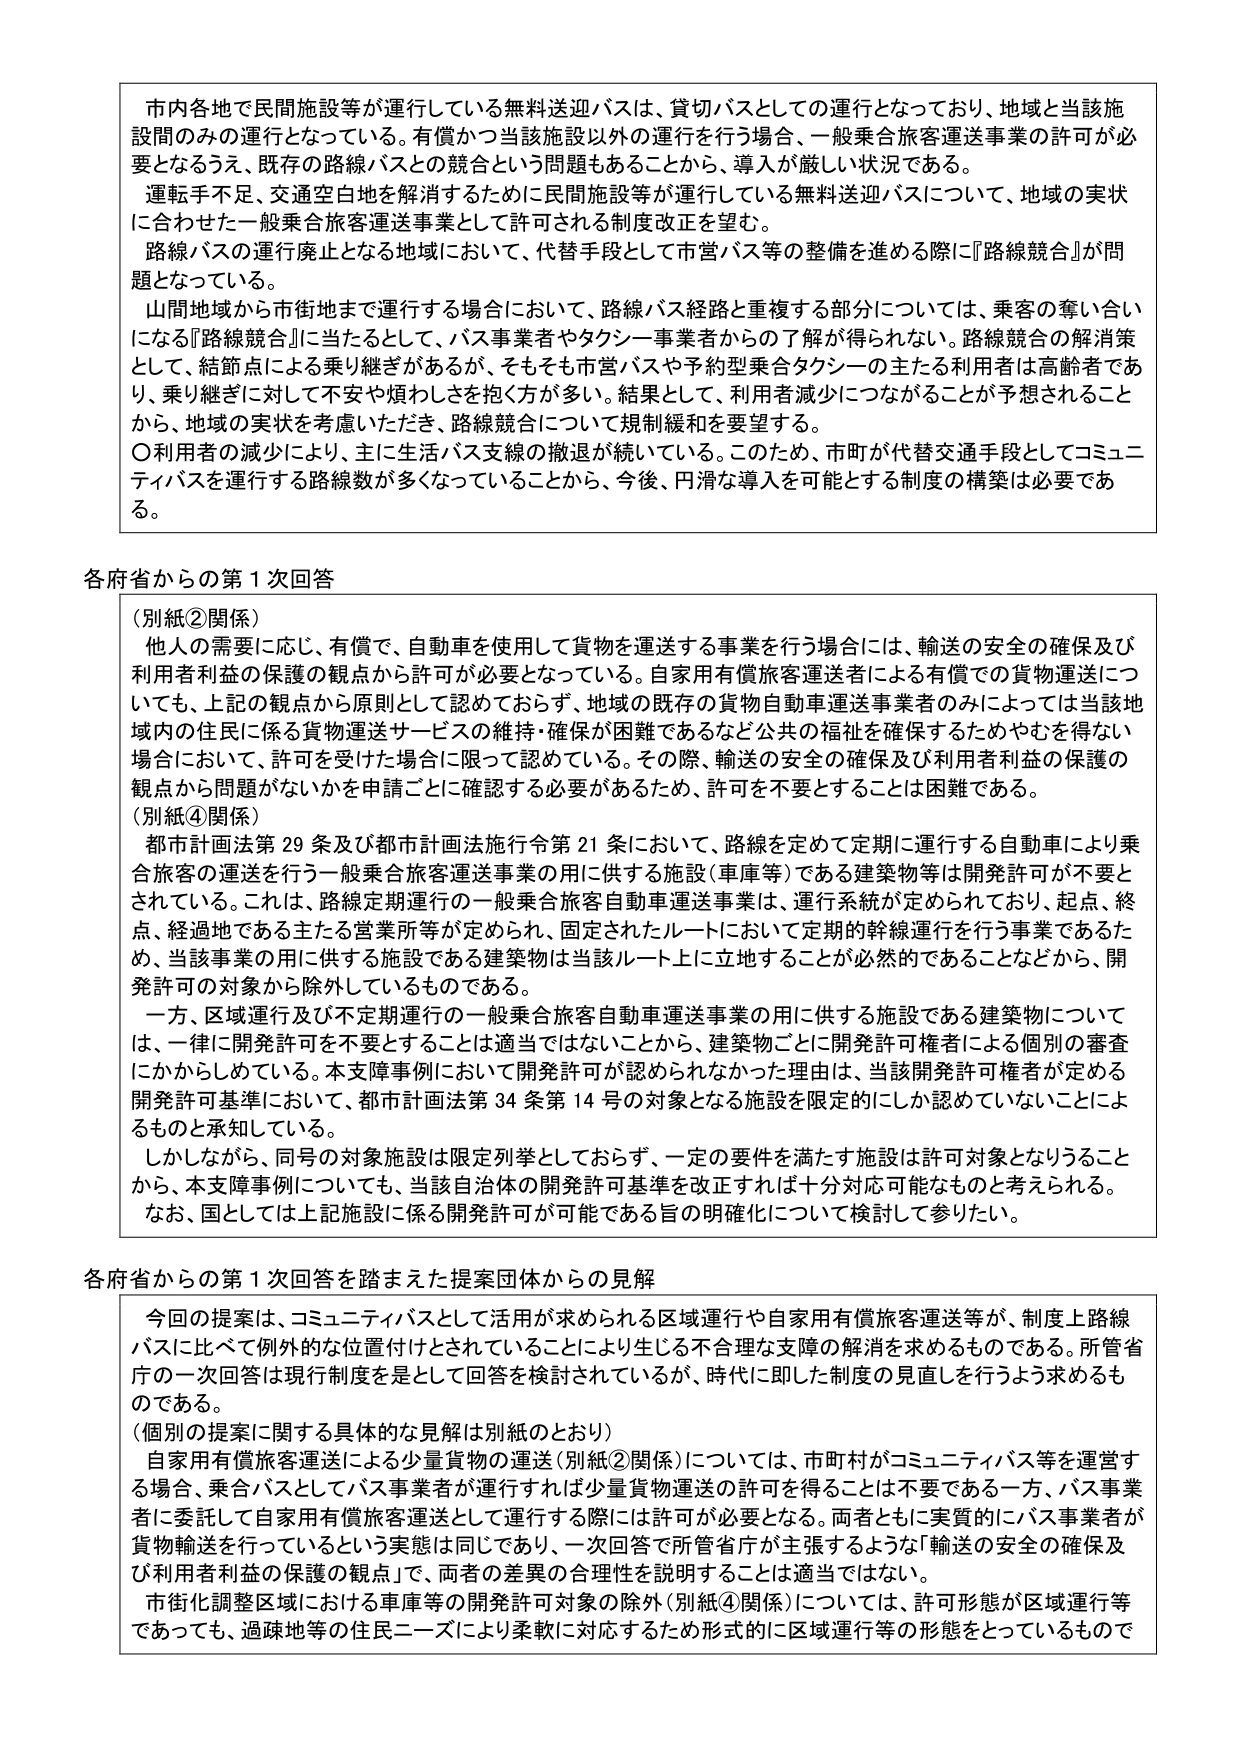
市内各地で民間施設等が運行している無料送迎バスは、貸切バスとしての運行となっており、地域と当該施設間のみの運行となっている。有償かつ当該施設以外の運行を行う場合、一般乗合旅客運送事業の許可が必要となるうえ、既存の路線バスとの競合という問題もあることから、導入が厳しい状況である。

運転手不足、交通空白地を解消するために民間施設等が運行している無料送迎バスについて、地域の実状に合わせた一般乗合旅客運送事業として許可される制度改正を望む。

路線バスの運行廃止となる地域において、代替手段として市営バス等の整備を進める際に『路線競合』が問題となっている。

山間地域から市街地まで運行する場合において、路線バス経路と重複する部分については、乗客の奪い合いになる『路線競合』に当たるとして、バス事業者やタクシー事業者からの了解が得られない。路線競合の解消策として、結節点による乗り継ぎがあるが、そもそも市営バスや予約型乗合タクシーの主たる利用者は高齢者であり、乗り継ぎに対して不安や煩わしさを抱く方が多い。結果として、利用者減少につながることが予想されることから、地域の実状を考慮いただき、路線競合について規制緩和を要望する。

〇利用者の減少により、主に生活バス支線の撤退が続いている。このため、市町が代替交通手段としてコミュニティバスを運行する路線数が多くなっていることから、今後、円滑な導入を可能とする制度の構築は必要である。

各府省からの第１次回答

（別紙②関係）
他人の需要に応じ、有償で、自動車を使用して貨物を運送する事業を行う場合には、輸送の安全の確保及び利用者利益の保護の観点から許可が必要となっている。自家用有償旅客運送者による有償での貨物運送についても、上記の観点から原則として認めておらず、地域の既存の貨物自動車運送事業者のみによっては当該地域内の住民に係る貨物運送サービスの維持・確保が困難であるなど公共の福祉を確保するためやむを得ない場合において、許可を受けた場合に限って認めている。その際、輸送の安全の確保及び利用者利益の保護の観点から問題がないかを申請ごとに確認する必要があるため、許可を不要とすることは困難である。

（別紙④関係）
都市計画法第29条及び都市計画法施行令第21条において、路線を定めて定期に運行する自動車により乗合旅客の運送を行う一般乗合旅客運送事業の用に供する施設（車庫等）である建築物等は開発許可が不要とされている。これは、路線定期運行の一般乗合旅客自動車運送事業は、運行系統が定められており、起点、終点、経過地である主たる営業所等が定められ、固定されたルートにおいて定期的幹線運行を行う事業であるため、当該事業の用に供する施設である建築物は当該ルート上に立地することが必然的であることなどから、開発許可の対象から除外しているものである。

一方、区域運行及び不定期運行の一般乗合旅客自動車運送事業の用に供する施設である建築物については、一律に開発許可を不要とすることは適当ではないことから、建築物ごとに開発許可権者による個別の審査にかからしめている。本支障事例において開発許可が認められなかった理由は、当該開発許可権者が定める開発許可基準において、都市計画法第34条第14号の対象となる施設を限定的にしか認めていないことによるものと承知している。

しかしながら、同号の対象施設は限定列挙としておらず、一定の要件を満たす施設は許可対象となりうることから、本支障事例についても、当該自治体の開発許可基準を改正すれば十分対応可能なものと考えられる。なお、国としては上記施設に係る開発許可が可能である旨の明確化について検討して参りたい。

各府省からの第１次回答を踏まえた提案団体からの見解

今回の提案は、コミュニティバスとして活用が求められる区域運行や自家用有償旅客運送等が、制度上路線バスに比べて例外的な位置付けとされていることにより生じる不合理な支障の解消を求めるものである。所管省庁の一次回答は現行制度を是として回答を検討されているが、時代に即した制度の見直しを行うよう求めるものである。

（個別の提案に関する具体的な見解は別紙のとおり）
自家用有償旅客運送による少量貨物の運送（別紙②関係）については、市町村がコミュニティバス等を運営する場合、乗合バスとしてバス事業者が運行すれば少量貨物運送の許可を得ることは不要である一方、バス事業者に委託して自家用有償旅客運送として運行する際には許可が必要となる。両者ともに実質的にバス事業者が貨物輸送を行っているという実態は同じであり、一次回答で所管省庁が主張するような「輸送の安全の確保及び利用者利益の保護の観点」で、両者の差異の合理性を説明することは適当ではない。

市街化調整区域における車庫等の開発許可対象の除外（別紙④関係）については、許可形態が区域運行等であっても、過疎地等の住民ニーズにより柔軟に対応するため形式的に区域運行等の形態をとっているもので